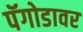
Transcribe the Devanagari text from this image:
पॅगोडावर